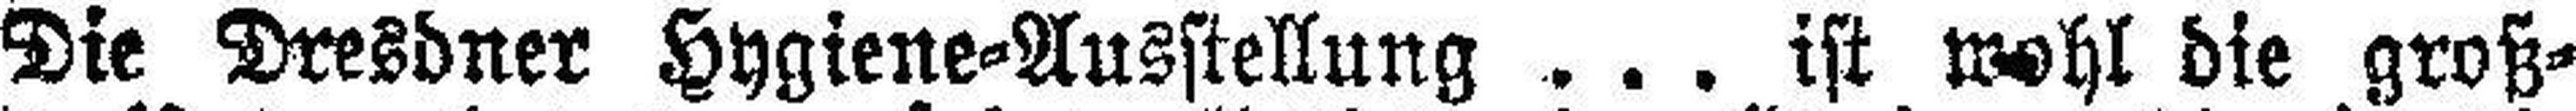
Die Dresdner Hygiene=Ausstellung . . . ist wohl die groß¬